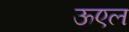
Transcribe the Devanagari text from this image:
ऊएल